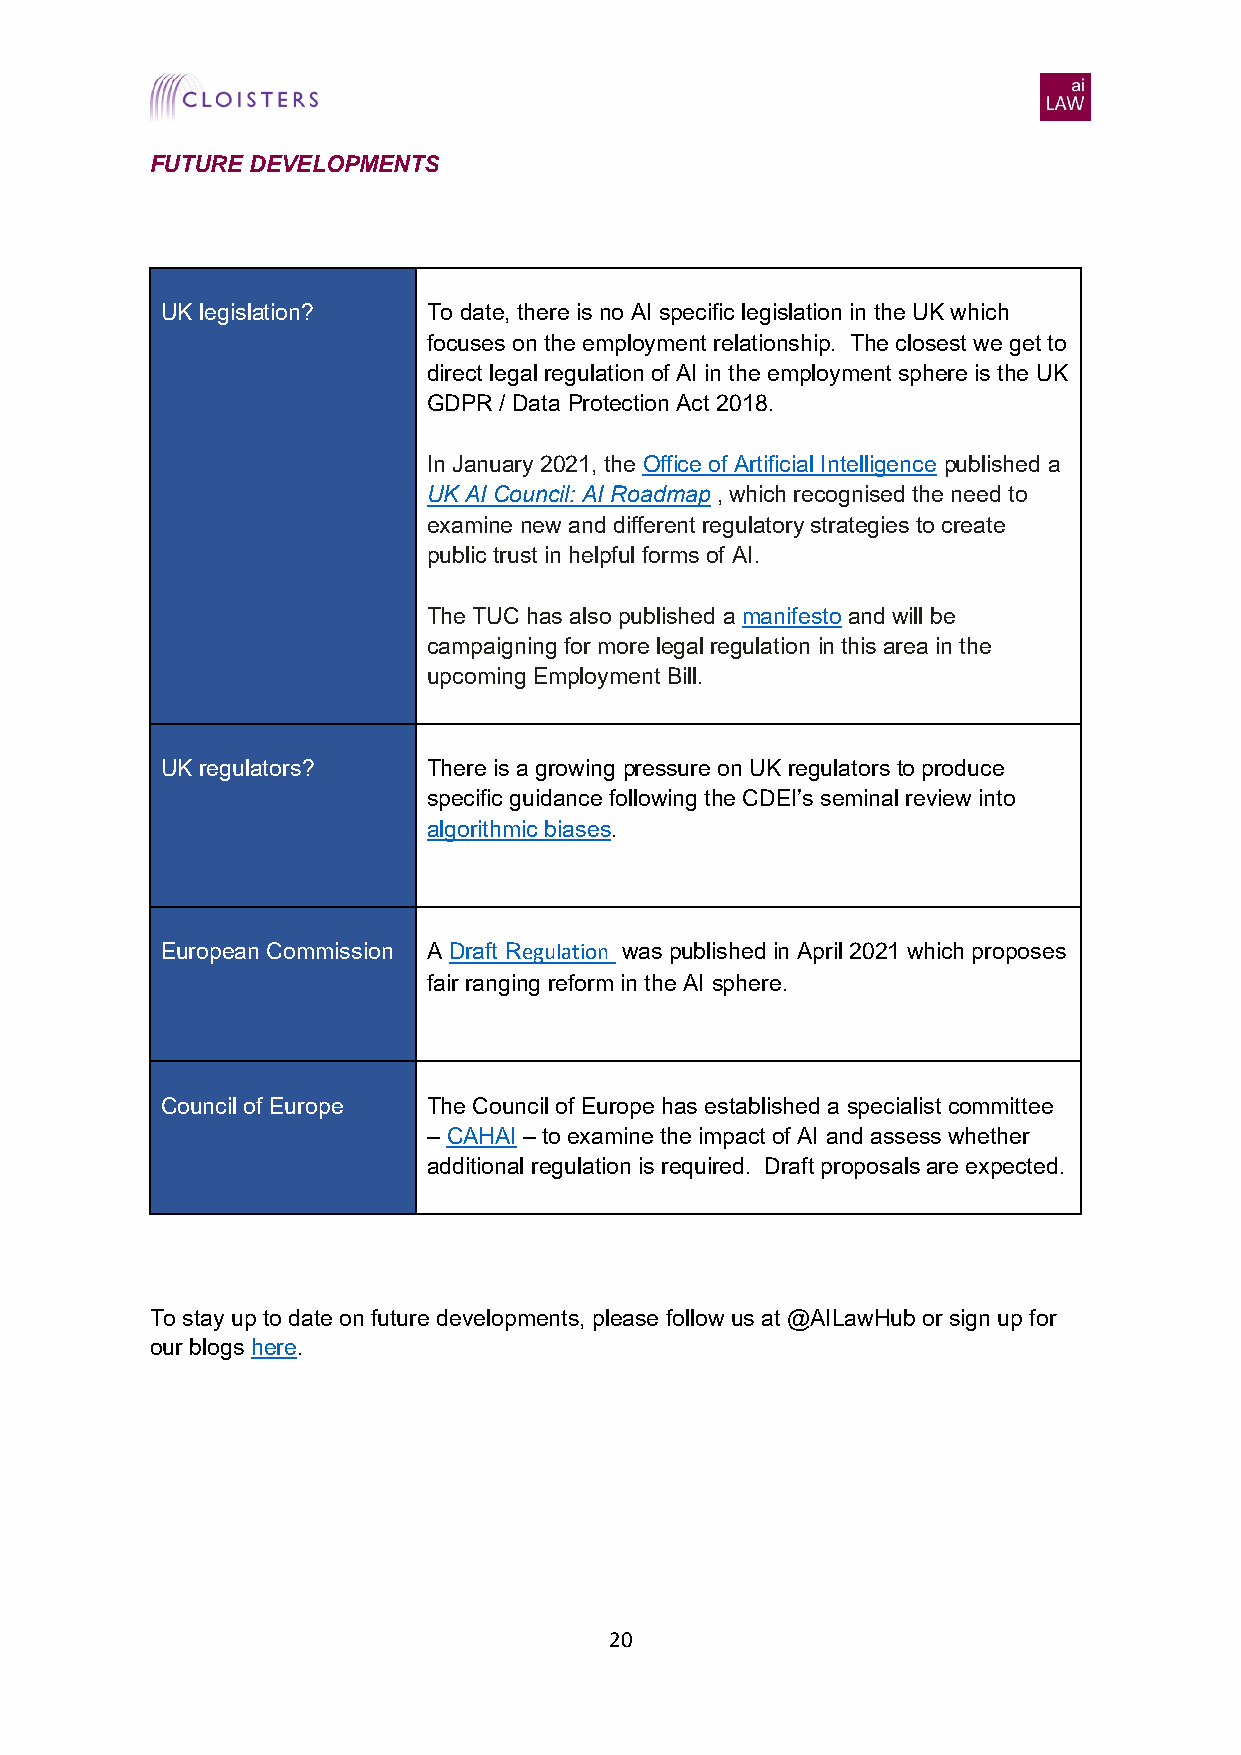
FUTURE DEVELOPMENTS
 UK legislation?  To date, there is no AI specific legislation in the UK which
 focuses on the employment relationship. The closest we get to
 direct legal regulation of AI in the employment sphere is the UK
 GDPR / Data Protection Act 2018.
 In January 2021, the Office of Artificial Intelligence published a
 UK AI Council: AI Roadmap , which recognised the need to
 examine new and different regulatory strategies to create
 public trust in helpful forms of AI.
 The TUC has also published a manifesto and will be
 campaigning for more legal regulation in this area in the
 upcoming Employment Bill.
 UK regulators?   There is a growing pressure on UK regulators to produce
 specific guidance following the CDEI’s seminal review into
 algorithmic biases.
 European Commission A Draft Regulation was published in April 2021 which proposes
 fair ranging reform in the AI sphere.
 Council of Europe The Council of Europe has established a specialist committee
 – CAHAI – to examine the impact of AI and assess whether
 additional regulation is required. Draft proposals are expected.
 To stay up to date on future developments, please follow us at @AILawHub or sign up for
 our blogs here.
 20